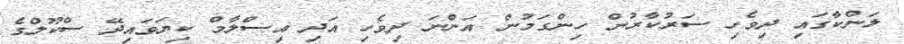
ލަންކާގައި ދިވެހި ސަރުކާރުން ހިންގަމުން އަންނަ ދިވެހި އަދި އިސްލާމް ކިޔަވައިދޭ ސްކޫލްގެ